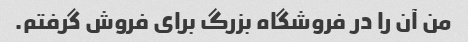
من آن را در فروشگاه بزرگ برای فروش گرفتم.